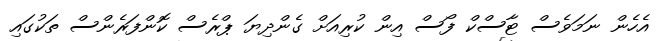
އެހެން ނަމަވެސް ޓާސްކް ފޯސް އިން ކުރިއަށް ގެންދިޔަ ޕްރެސް ކޮންފަރެންސް ތަކުގައި